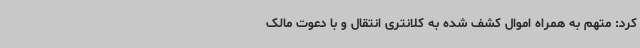
کرد: متهم به همراه اموال کشف شده به کلانتری انتقال و با دعوت مالک